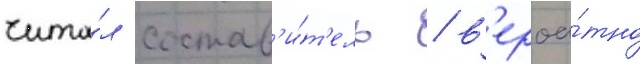
чита́л состав'и́т'ель / в'ероа́тно